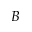
B